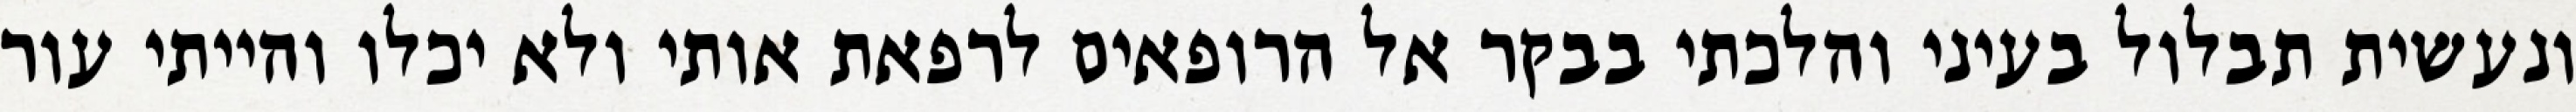
ונעשית תבלול בעיני והלכתי בבקר אל הרופאים לרפאת אותי ולא יכלו והייתי עור